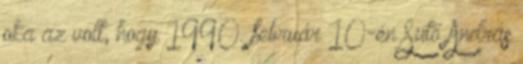
oka az volt, hogy 1990. február 10-én Sütő András